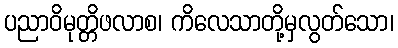
ပညာဝိမုတ္တိဖလာစ၊ ကိလေသာတို့မှလွတ်သော၊